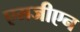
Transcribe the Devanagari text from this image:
एमजीएन